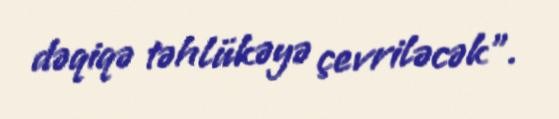
dəqiqə təhlükəyə çevriləcək”.